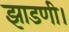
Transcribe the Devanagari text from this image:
झाडणी।